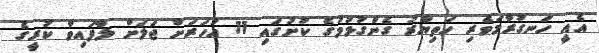
އެއީ ހަނގުރާމަވެރި ހަތިޔާރު ގެންގުޅުމުގެ ކުށުގައި 11 އަހަރަށް ޖަލަށް ލާފައިވާ ކުރީގެ